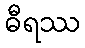
ဓီရဿ